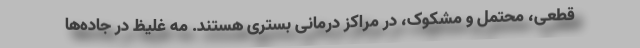
قطعی، محتمل و مشکوک، در مراکز درمانی بستری هستند. مه غلیظ در جاده‌ها